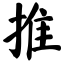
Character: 推